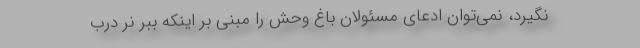
نگیرد، نمی‌توان ادعای مسئولان باغ‌ وحش را مبنی بر اینکه ببر نر درب